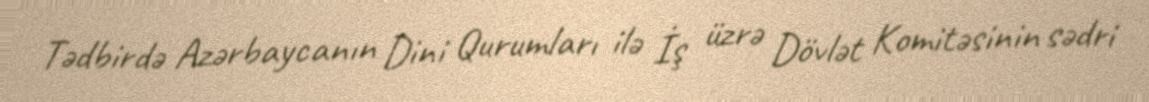
Tədbirdə Azərbaycanın Dini Qurumları ilə İş üzrə Dövlət Komitəsinin sədri